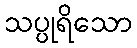
သပ္ပုရိသော